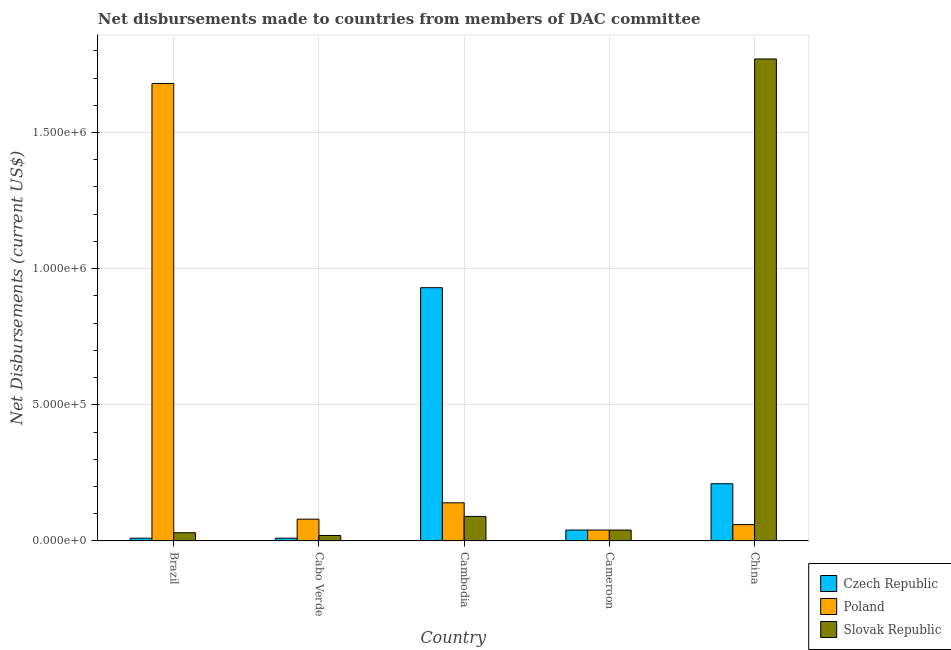
| Country | Czech Republic | Poland | Slovak Republic |
 | --- | --- | --- | --- |
 | Brazil | 1e+04 | 1.68e+06 | 3e+04 |
 | Cabo Verde | 1e+04 | 8e+04 | 2e+04 |
 | Cambodia | 9.3e+05 | 1.4e+05 | 9e+04 |
 | Cameroon | 4e+04 | 4e+04 | 4e+04 |
 | China | 2.1e+05 | 6e+04 | 1.77e+06 |